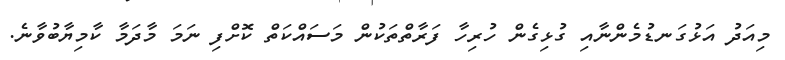
މިއަދު އަޅުގަނޑުމެންނާއި ގުޅިގެން ހުރިހާ ފަރާތްތަކުން މަސައްކަތް ކޮށްފި ނަމަ މާދަމާ ކާމިޔާބުވާނެ.